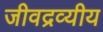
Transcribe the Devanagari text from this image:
जीवद्रव्यीय